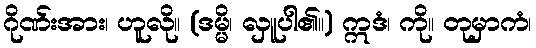
ဂိုဏ်းအား၊ ဟူလို။ (ဒမ္မိ၊ လှူပါ၏။) ဣဒံ၊ ကို။ တုမှာကံ၊